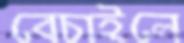
বেচাইলে